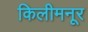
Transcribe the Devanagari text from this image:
किलीमनूर